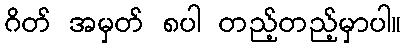
ဂိတ် အမှတ် ၈ပါ တည့်တည့်မှာပါ။